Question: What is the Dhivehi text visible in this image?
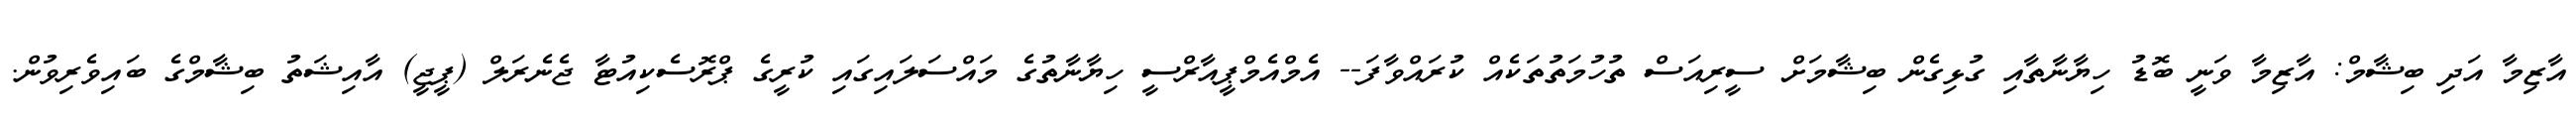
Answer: އާޒިމާ އަދި ބިޝާމް: އާޒިމާ ވަނީ ބޮޑު ހިޔާނާތާއި ގުޅިގެން ބިޝާމަށް ސީރިއަސް ތުހުމަތުތަކެއް ކުރައްވާފަ-- އެމްއެމްޕީއާރްސީ ހިޔާނާތުގެ މައްސަލައިގައި ކުރީގެ ޕްރޮސެކިއުޓާ ޖެނެރަލް (ޕީޖީ) އާއިޝަތު ބިޝާމްގެ ބައިވެރިވުން.